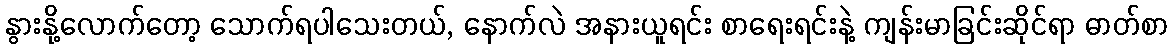
နွားနို့လောက်တော့ သောက်ရပါသေးတယ်, နောက်လဲ အနားယူရင်း စာရေးရင်းနဲ့ ကျန်းမာခြင်းဆိုင်ရာ ဓာတ်စာ